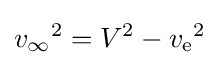
{v_{\infty }}^{2}=V^{2}-{v_{\text{e}}}^{2}